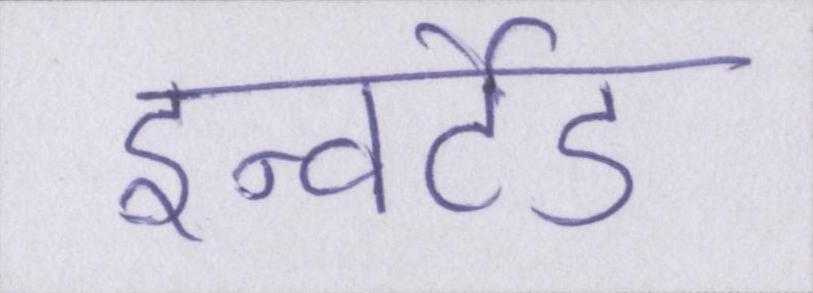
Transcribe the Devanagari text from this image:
इन्वर्टेड